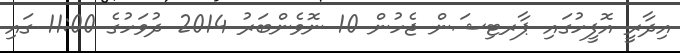
އިދާރީ އޮފީހުގައި ޕާރޓިޝަން ޖެހުން 10 ނޮވެންބަރު 2014 ދުވަހުގެ 11:00 ގައި